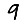
Digit: 9